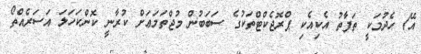
އޭ) ހެދުމަކީ ތަފާތު އެކިއެކި ޕްރޮޖެކްޓްތަކުގެ ސަބަބުން މުޖްތަމަޢަށް ކުރާނީ ކޮންކަހަލަ އަސަރެއްތޯ